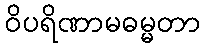
ဝိပရိဏာမဓမ္မတာ